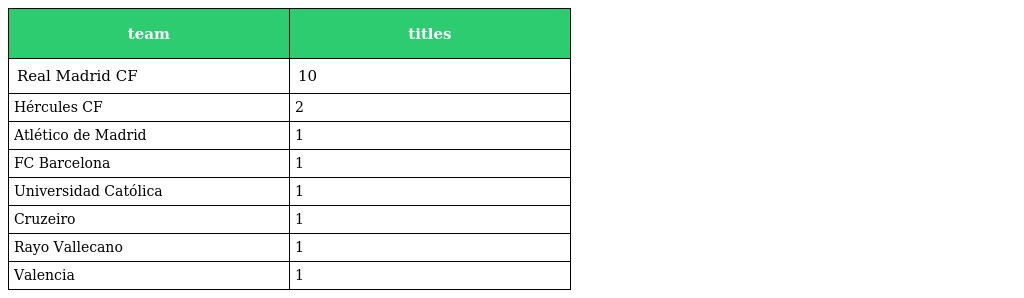
| team | titles |
 | --- | --- |
 | Real Madrid CF | 10 |
 | Hércules CF | 2 |
 | Atlético de Madrid | 1 |
 | FC Barcelona | 1 |
 | Universidad Católica | 1 |
 | Cruzeiro | 1 |
 | Rayo Vallecano | 1 |
 | Valencia | 1 |